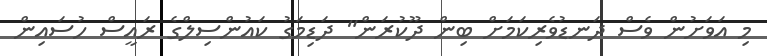
މި އަވަށުން ވެސް ދަނޑުވެރިކަމަށް ބިން ދޫކުރަން" ދަޑިމަގު ކައުންސިލްގެ ރައީސް ހުސައިން